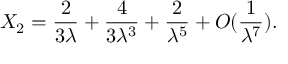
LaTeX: X _ { 2 } = { \frac { 2 } { 3 \lambda } } + { \frac { 4 } { 3 \lambda ^ { 3 } } } + { \frac { 2 } { \lambda ^ { 5 } } } + O ( { \frac { 1 } { \lambda ^ { 7 } } } ) .